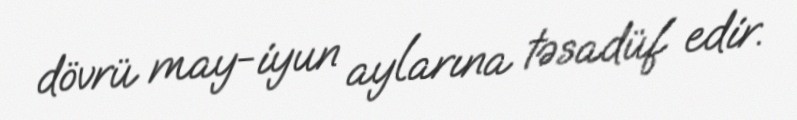
dövrü may-iyun aylarına təsadüf edir.